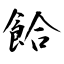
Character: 餄